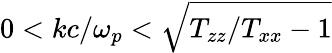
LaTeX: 0<kc/\omega_{p}<\sqrt{T_{zz}/T_{xx}-1}